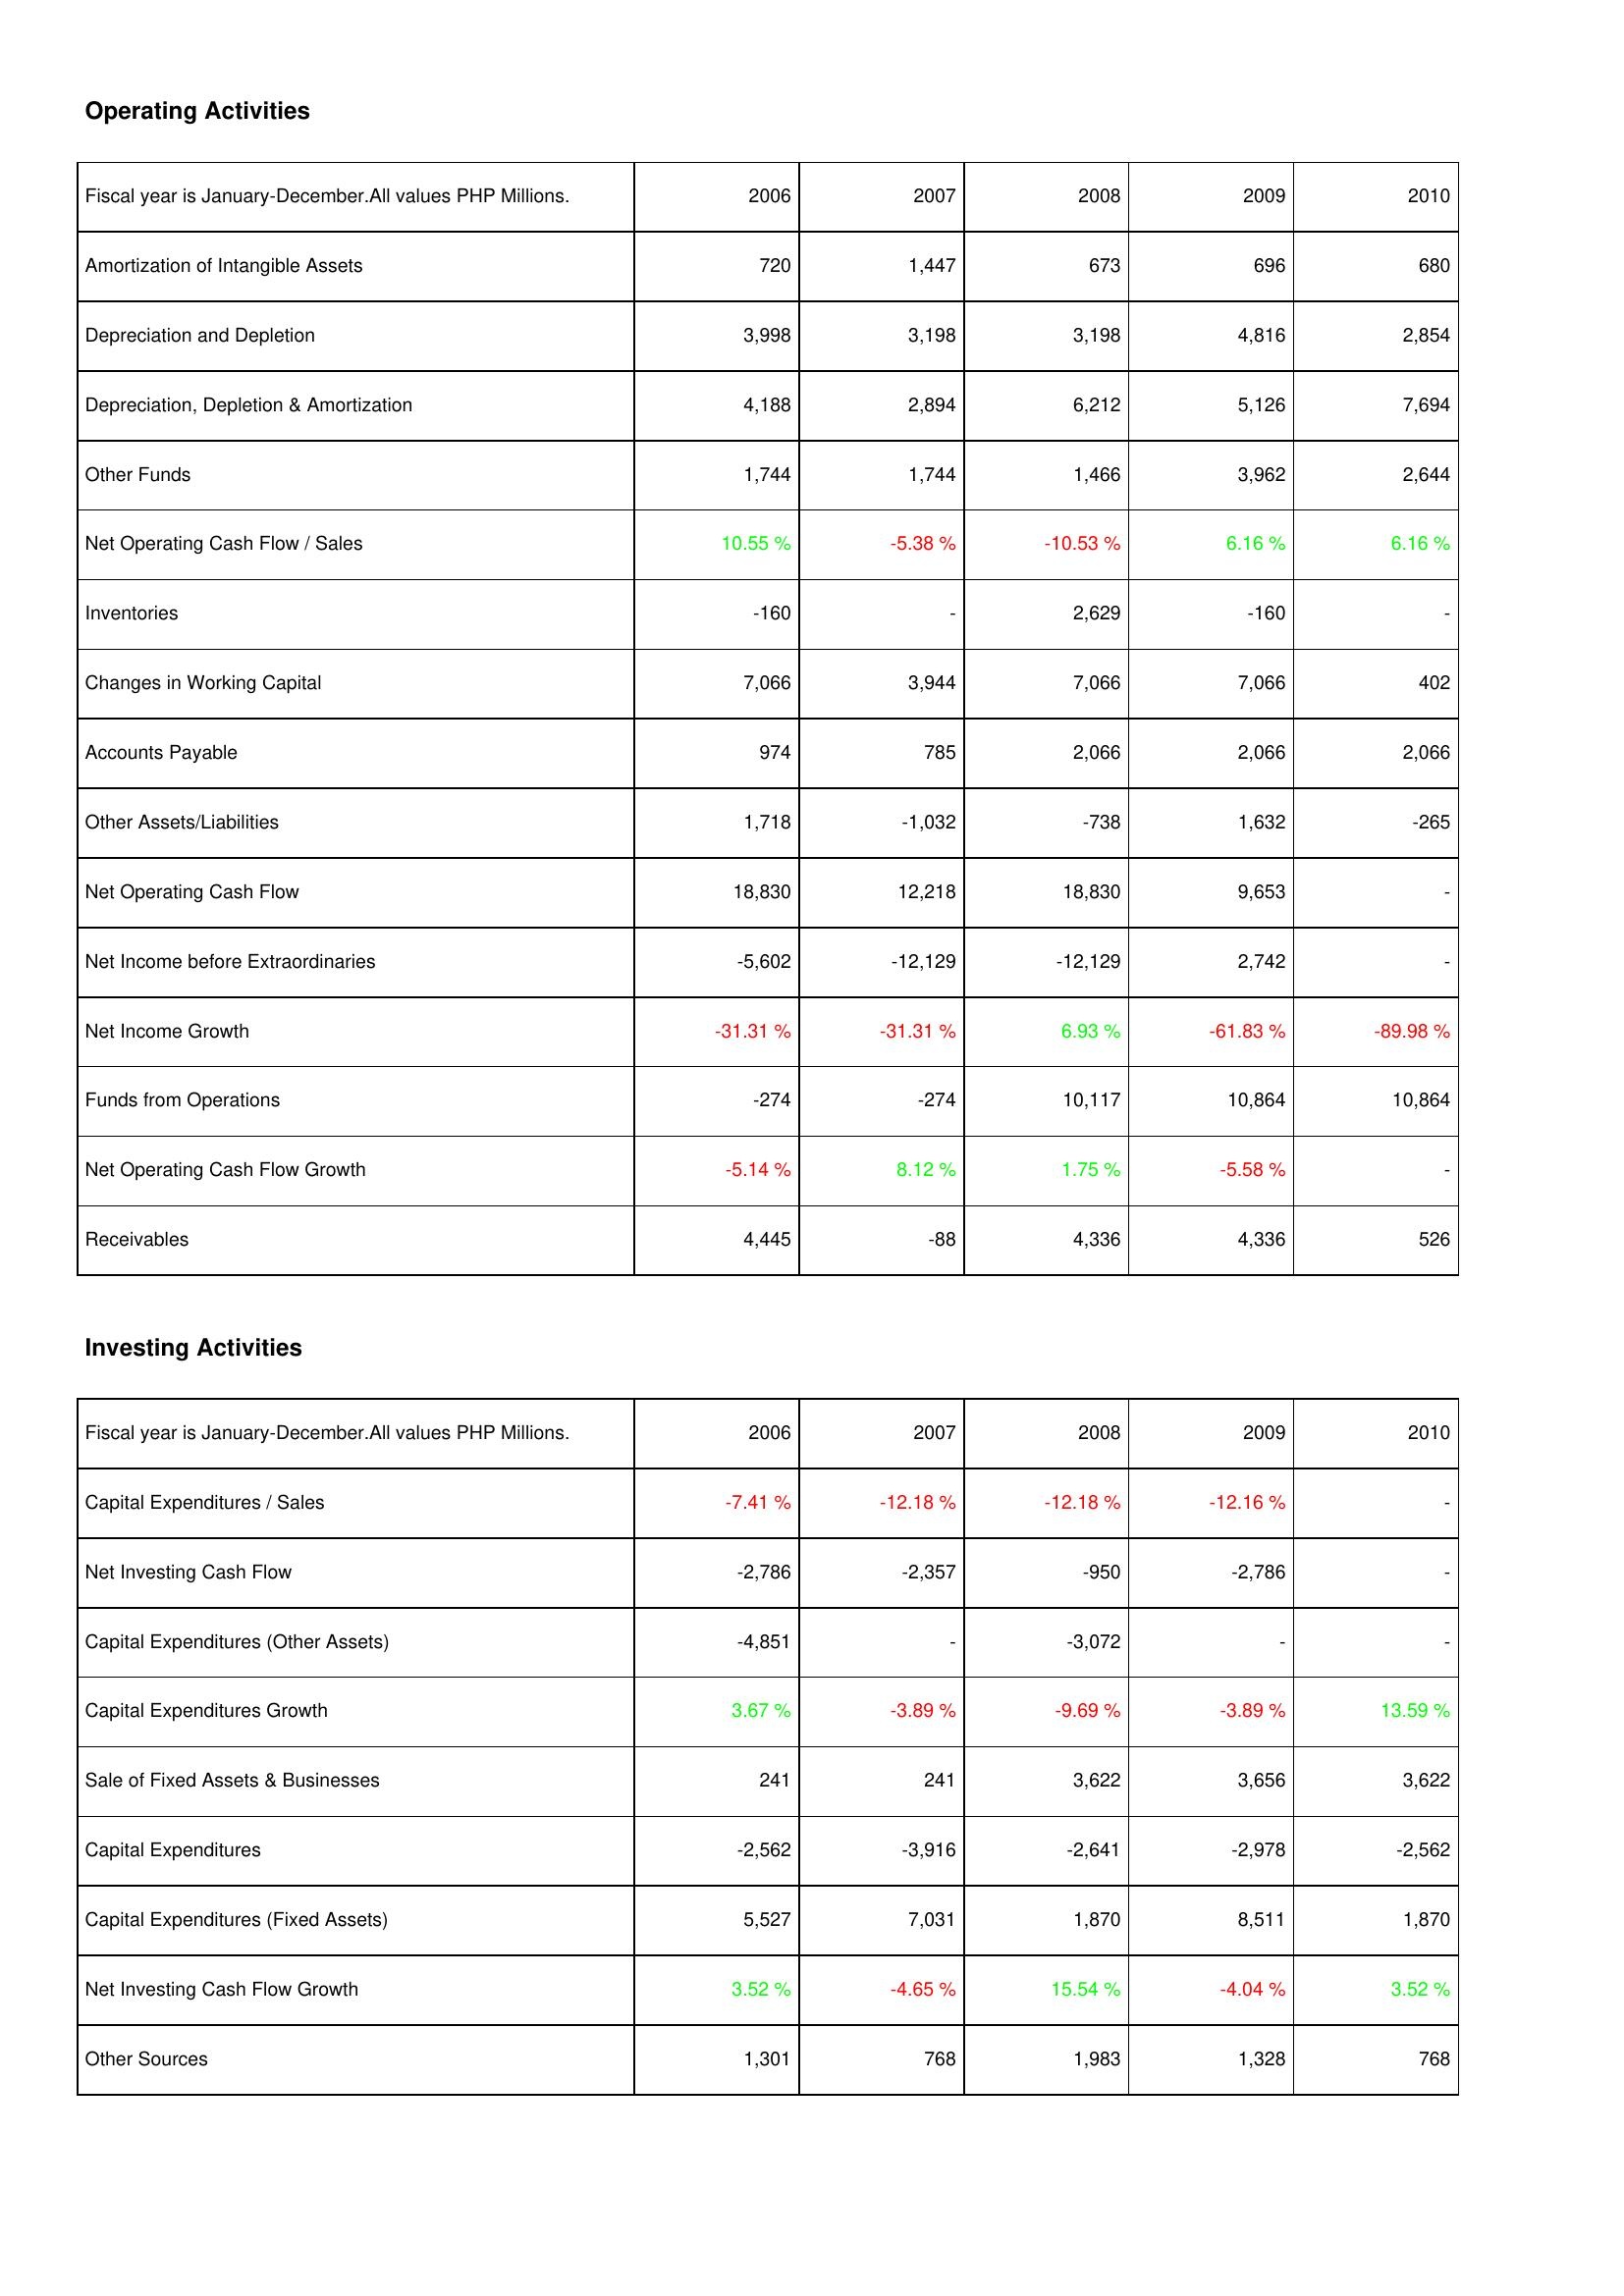
2006: Operating Activities: Amortization of Intangible Assets: 720
Depreciation and Depletion: 3,998
Depreciation, Depletion & Amortization: 4,188
Other Funds: 1,744
Net Operating Cash Flow / Sales: 10.55 %
Inventories: -160
Changes in Working Capital: 7,066
Accounts Payable: 974
Other Assets/Liabilities: 1,718
Net Operating Cash Flow: 18,830
Net Income before Extraordinaries: -5,602
Net Income Growth: -31.31 %
Funds from Operations: -274
Net Operating Cash Flow Growth: -5.14 %
Receivables: 4,445
Investing Activities: Capital Expenditures / Sales: -7.41 %
Net Investing Cash Flow: -2,786
Capital Expenditures (Other Assets): -4,851
Capital Expenditures Growth: 3.67 %
Sale of Fixed Assets & Businesses: 241
Capital Expenditures: -2,562
Capital Expenditures (Fixed Assets): 5,527
Net Investing Cash Flow Growth: 3.52 %
Other Sources: 1,301
2007: Operating Activities: Amortization of Intangible Assets: 1,447
Depreciation and Depletion: 3,198
Depreciation, Depletion & Amortization: 2,894
Other Funds: 1,744
Net Operating Cash Flow / Sales: -5.38 %
Inventories: -
Changes in Working Capital: 3,944
Accounts Payable: 785
Other Assets/Liabilities: -1,032
Net Operating Cash Flow: 12,218
Net Income before Extraordinaries: -12,129
Net Income Growth: -31.31 %
Funds from Operations: -274
Net Operating Cash Flow Growth: 8.12 %
Receivables: -88
Investing Activities: Capital Expenditures / Sales: -12.18 %
Net Investing Cash Flow: -2,357
Capital Expenditures (Other Assets): -
Capital Expenditures Growth: -3.89 %
Sale of Fixed Assets & Businesses: 241
Capital Expenditures: -3,916
Capital Expenditures (Fixed Assets): 7,031
Net Investing Cash Flow Growth: -4.65 %
Other Sources: 768
2008: Operating Activities: Amortization of Intangible Assets: 673
Depreciation and Depletion: 3,198
Depreciation, Depletion & Amortization: 6,212
Other Funds: 1,466
Net Operating Cash Flow / Sales: -10.53 %
Inventories: 2,629
Changes in Working Capital: 7,066
Accounts Payable: 2,066
Other Assets/Liabilities: -738
Net Operating Cash Flow: 18,830
Net Income before Extraordinaries: -12,129
Net Income Growth: 6.93 %
Funds from Operations: 10,117
Net Operating Cash Flow Growth: 1.75 %
Receivables: 4,336
Investing Activities: Capital Expenditures / Sales: -12.18 %
Net Investing Cash Flow: -950
Capital Expenditures (Other Assets): -3,072
Capital Expenditures Growth: -9.69 %
Sale of Fixed Assets & Businesses: 3,622
Capital Expenditures: -2,641
Capital Expenditures (Fixed Assets): 1,870
Net Investing Cash Flow Growth: 15.54 %
Other Sources: 1,983
2009: Operating Activities: Amortization of Intangible Assets: 696
Depreciation and Depletion: 4,816
Depreciation, Depletion & Amortization: 5,126
Other Funds: 3,962
Net Operating Cash Flow / Sales: 6.16 %
Inventories: -160
Changes in Working Capital: 7,066
Accounts Payable: 2,066
Other Assets/Liabilities: 1,632
Net Operating Cash Flow: 9,653
Net Income before Extraordinaries: 2,742
Net Income Growth: -61.83 %
Funds from Operations: 10,864
Net Operating Cash Flow Growth: -5.58 %
Receivables: 4,336
Investing Activities: Capital Expenditures / Sales: -12.16 %
Net Investing Cash Flow: -2,786
Capital Expenditures (Other Assets): -
Capital Expenditures Growth: -3.89 %
Sale of Fixed Assets & Businesses: 3,656
Capital Expenditures: -2,978
Capital Expenditures (Fixed Assets): 8,511
Net Investing Cash Flow Growth: -4.04 %
Other Sources: 1,328
2010: Operating Activities: Amortization of Intangible Assets: 680
Depreciation and Depletion: 2,854
Depreciation, Depletion & Amortization: 7,694
Other Funds: 2,644
Net Operating Cash Flow / Sales: 6.16 %
Inventories: -
Changes in Working Capital: 402
Accounts Payable: 2,066
Other Assets/Liabilities: -265
Net Operating Cash Flow: -
Net Income before Extraordinaries: -
Net Income Growth: -89.98 %
Funds from Operations: 10,864
Net Operating Cash Flow Growth: -
Receivables: 526
Investing Activities: Capital Expenditures / Sales: -
Net Investing Cash Flow: -
Capital Expenditures (Other Assets): -
Capital Expenditures Growth: 13.59 %
Sale of Fixed Assets & Businesses: 3,622
Capital Expenditures: -2,562
Capital Expenditures (Fixed Assets): 1,870
Net Investing Cash Flow Growth: 3.52 %
Other Sources: 768